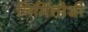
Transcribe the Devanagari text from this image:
निर्मितीशी